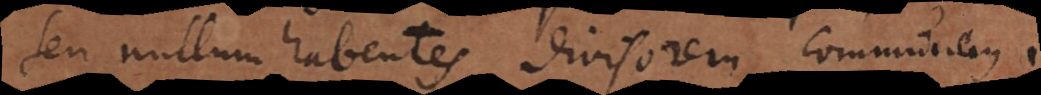
seu nullum habentes divisorem communem.